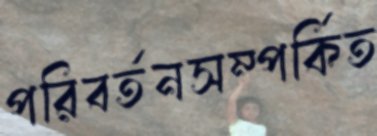
পরিবর্তনসম্পর্কিত